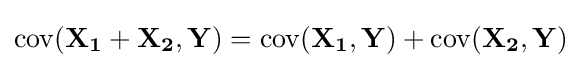
\operatorname {cov} (\mathbf {X_{1}} +\mathbf {X_{2}} ,\mathbf {Y} )=\operatorname {cov} (\mathbf {X_{1}} ,\mathbf {Y} )+\operatorname {cov} (\mathbf {X_{2}} ,\mathbf {Y} )